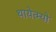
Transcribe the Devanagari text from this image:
थायेत्म्यो